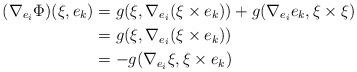
LaTeX: \begin{align*}(\nabla_{e_i}\Phi)(\xi,e_k)&=g(\xi,\nabla_{e_i}(\xi\times e_k))+g(\nabla_{e_i}e_k,\xi\times\xi)\\&=g(\xi,\nabla_{e_i}(\xi \times e_k)) \\&=-g(\nabla_{e_i}\xi,\xi \times e_k )\end{align*}